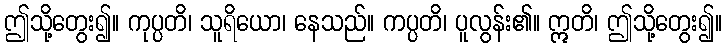
ဤသို့တွေး၍။ ကုပ္ပတိ၊ သူရိယော၊ နေသည်။ ကပ္ပတိ၊ ပူလွန်း၏။ ဣတိ၊ ဤသို့တွေး၍။